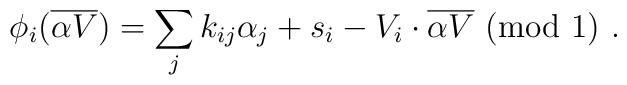
\phi_i ({\overline {\alpha V}}) =\sum_j k_{ij} \alpha_j + s_i -V_i \cdot {\overline {\alpha V}} ~(\mbox{mod}~1)~.